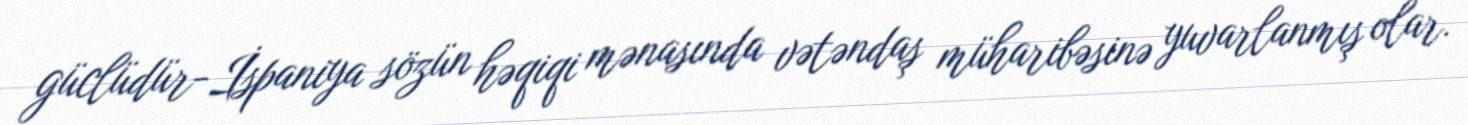
güclüdür-İspaniya sözün həqiqi mənasında vətəndaş müharibəsinə yuvarlanmış olar.